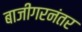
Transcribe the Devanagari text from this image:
बाजीगरनंतर